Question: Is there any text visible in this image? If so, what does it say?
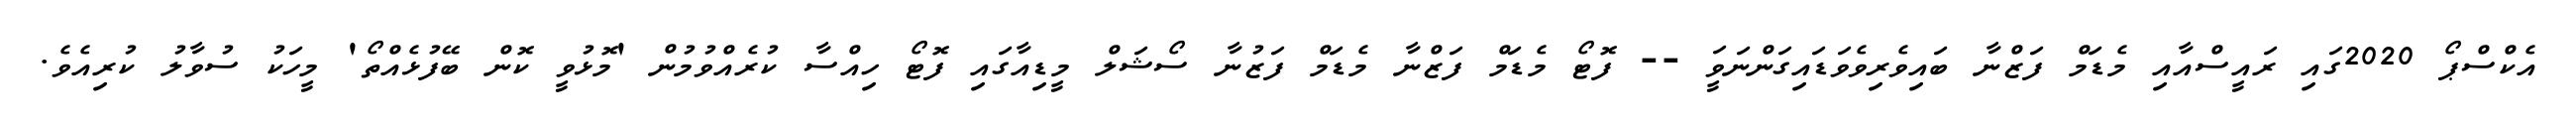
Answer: އެކްސްޕޯ 2020ގައި ރައީސްއާއި މެޑަމް ފަޒްނާ ބައިވެރިވެވަޑައިގަންނަވަީ -- ފޮޓޯ މެޑަމް ފަޒްނާ މެޑަމް ފަޒުނާ ސޯޝަލް މީޑިއާގައި ފޮޓޯ ހިއްސާ ކުރެއްވުމުން 'މޮޅުވީ ކޮން ބޭފުޅެއްތޯ' މީހަކު ސުވާލު ކުރިއެވެ.